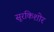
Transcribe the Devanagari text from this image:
सूरकिशोर